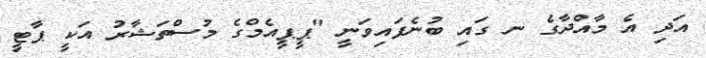
އަދި އެ މާއްދާގެ ނ ގައި ބުނެފައިވަނީ "ޕީޕީއެމްގެ މުސްތަޝާރު އަކީ ޕާޓީ